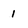
Character: 1